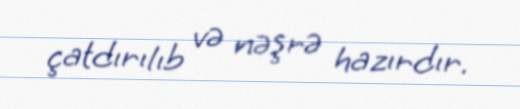
çatdırılıb və nəşrə hazırdır.